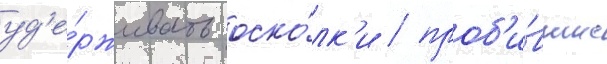
уд'е́рживать оско́лк'и / проб'и́вшие